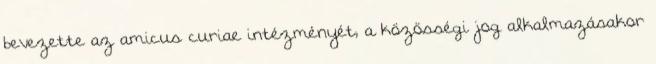
bevezette az amicus curiae intézményét, a közösségi jog alkalmazásakor